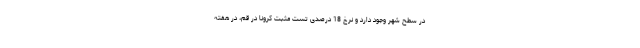
در سطح شهر وجود دارد و نرخ 18 درصدی تست مثبت کرونا در قم، در هفته